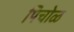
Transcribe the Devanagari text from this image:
पिचोळ